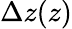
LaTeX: \Delta z(z)